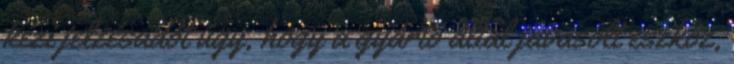
kézi jelzésadót úgy, hogy a gyártó által javasolt eszköz,